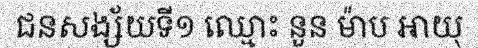
ជនសង្ស័យទី១ ឈ្មោះ នួន ម៉ាប អាយុ